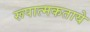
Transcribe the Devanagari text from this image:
रूपात्मकताये